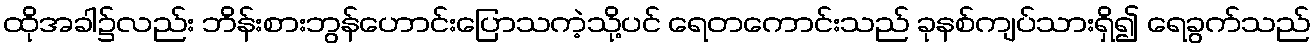
ထိုအခါ၌လည်း ဘိန်းစားဘွန်ဟောင်းပြောသကဲ့သို့ပင် ရေတကောင်းသည် ခုနစ်ကျပ်သားရှိ၍ ရေခွက်သည်